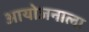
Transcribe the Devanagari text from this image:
आयोजनाला